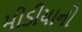
મીડીયાનો